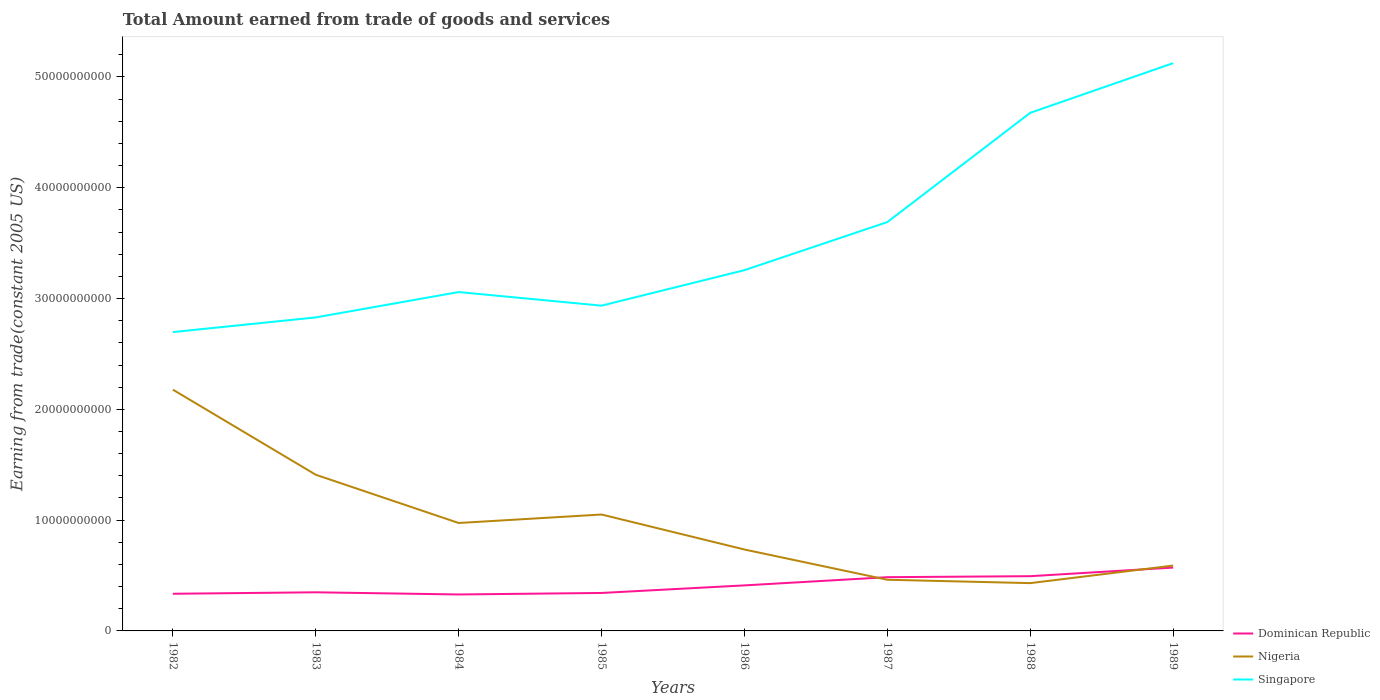
| Years | Dominican Republic | Nigeria | Singapore |
 | --- | --- | --- | --- |
 | 1982 | 3.35e+09 | 2.18e+10 | 2.7e+10 |
 | 1983 | 3.49e+09 | 1.41e+10 | 2.83e+10 |
 | 1984 | 3.29e+09 | 9.74e+09 | 3.06e+10 |
 | 1985 | 3.43e+09 | 1.05e+10 | 2.94e+10 |
 | 1986 | 4.11e+09 | 7.35e+09 | 3.26e+10 |
 | 1987 | 4.85e+09 | 4.62e+09 | 3.69e+10 |
 | 1988 | 4.94e+09 | 4.31e+09 | 4.68e+10 |
 | 1989 | 5.72e+09 | 5.9e+09 | 5.12e+10 |